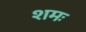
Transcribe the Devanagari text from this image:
शमः